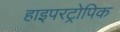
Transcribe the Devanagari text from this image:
हाइपरट्रोपिक